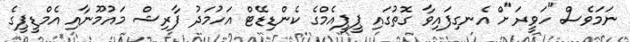
ނަމަވެސް "ހަވީރަ"ށް އެނގިފައިވާ ގޮތުގައި ޕީޕީއެމްގެ ކެންޑިޑޭޓް އަހުމަދު ފާރިިޝް މައުމޫނާއި އެމްޑީޕީގެ